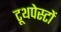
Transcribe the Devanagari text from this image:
टूथपेस्टों